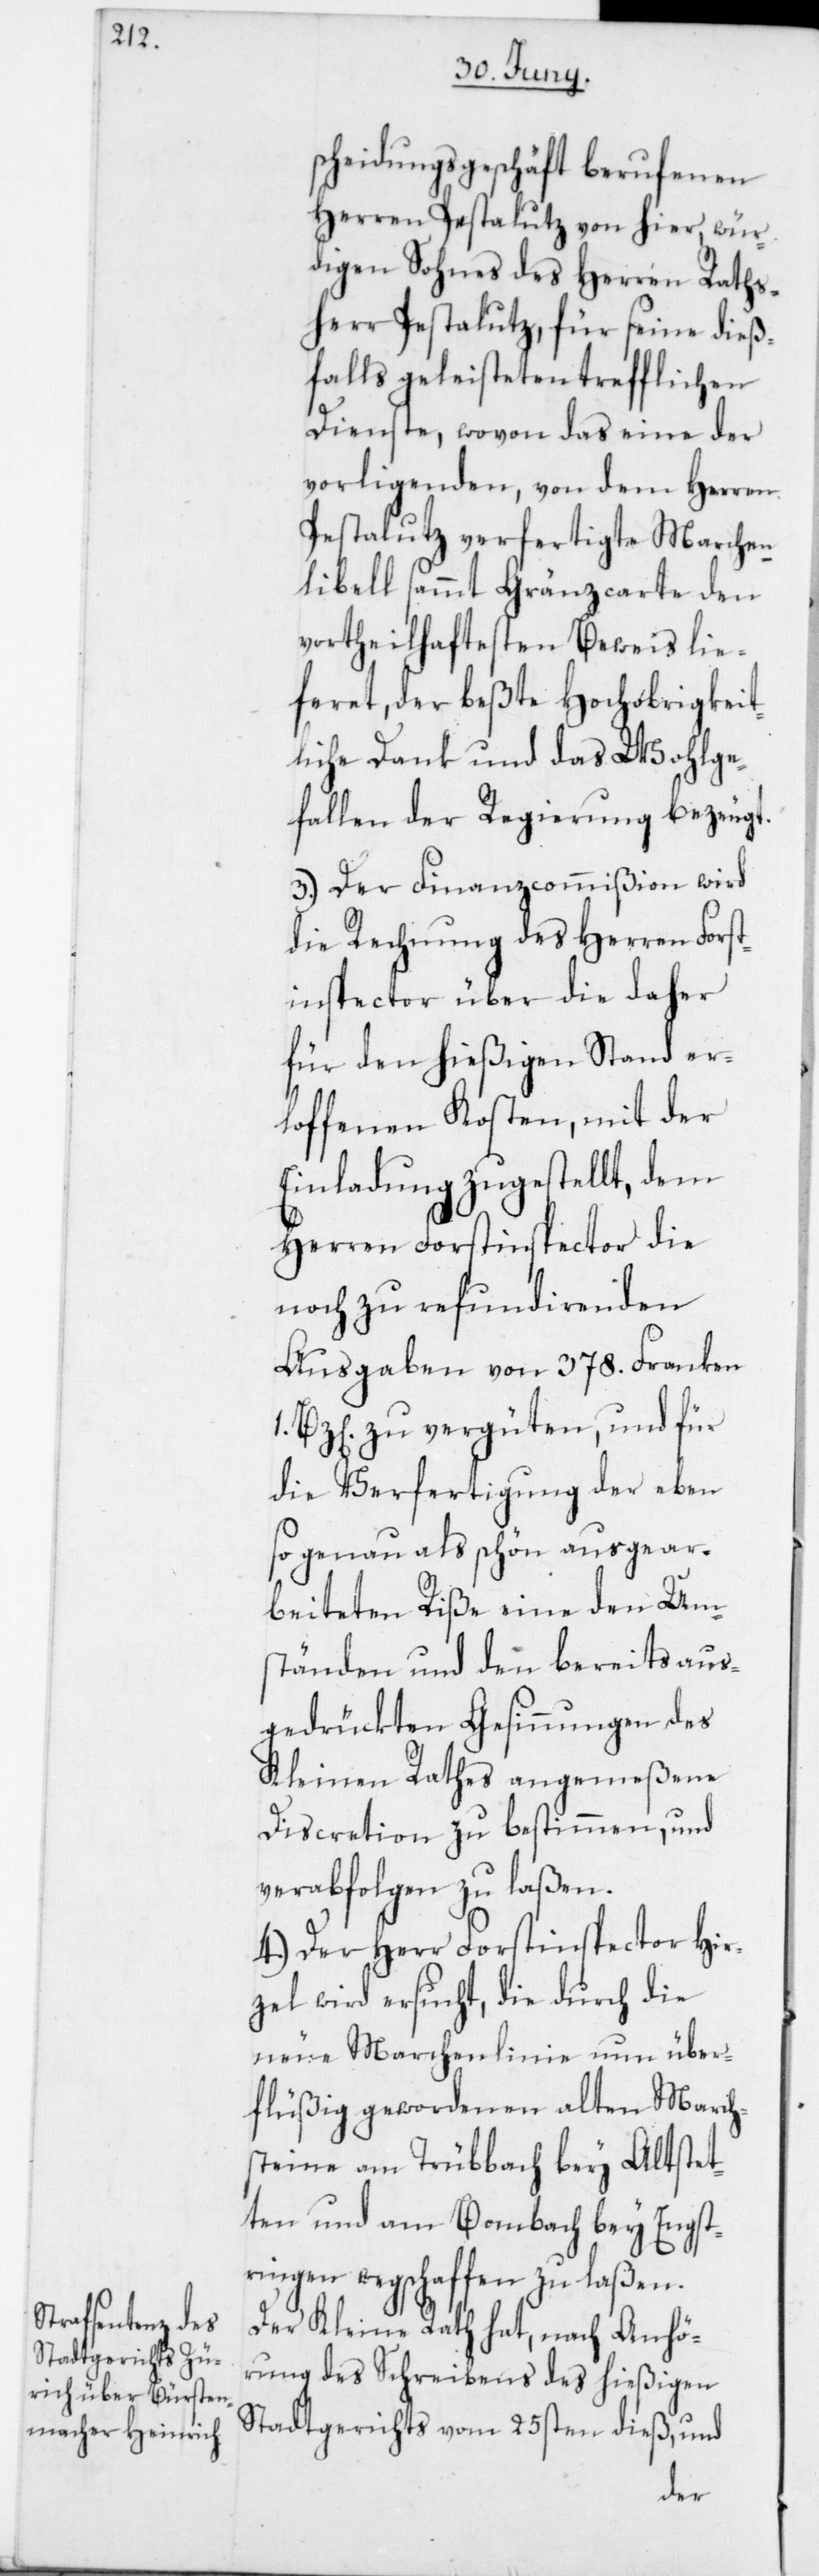
scheidungsgeschäft berufenen
Herren Pestalutz von hier wür¬
digen Sohnes des Herren Raths¬
herr Pestalutz, für seine dieß¬
falls geleisteten trefflichen
Dienste, wovon das eine der
vorligenden, von dem Herren
Pestalutz verfertigte Marchen¬
libell samt Gränzcarte den
vortheilhaftetsten Beweis lie¬
feret, der beßte Hochobrigkeit¬
liche Dank und das Wohlge¬
fallen der Regierung bezeugt.
3. Der Finanzcommißion wird
die Rechnung des Herren Forst¬
inspector über die daher
für den hießigen Stand er¬
loffenen Kosten, mit der
Einladung zugestellt, dem
Herren Forstinspector die
noch zu refundirenden
Ausgaben von 378. Franken
1. Bz[en] zu vergüten, und für
die Verfertigung der eben
so genau als schön ausgear¬
beiteten Riße eine den Um¬
ständen und den bereits aus¬
gedrückten Gesinnungen des
Kleinen Rathes angemeßene
Discretion zu bestimmen und
verabfolgen zu laßen.
4. Der Herr Forstinspector Hir¬
zel wird ersucht, die durch die
neue Marchenlinie nun über¬
flüßig gewordenen alten March¬
steine am Trübbach bey Altstet¬
ten und am Bombach bey Engst¬
ringen wegschaffen zu laßen.
Der Kleine Rath hat, nach Anhö¬
rung des Schreibens des hießigen
Stadtgerichts vom 25sten dieß, und